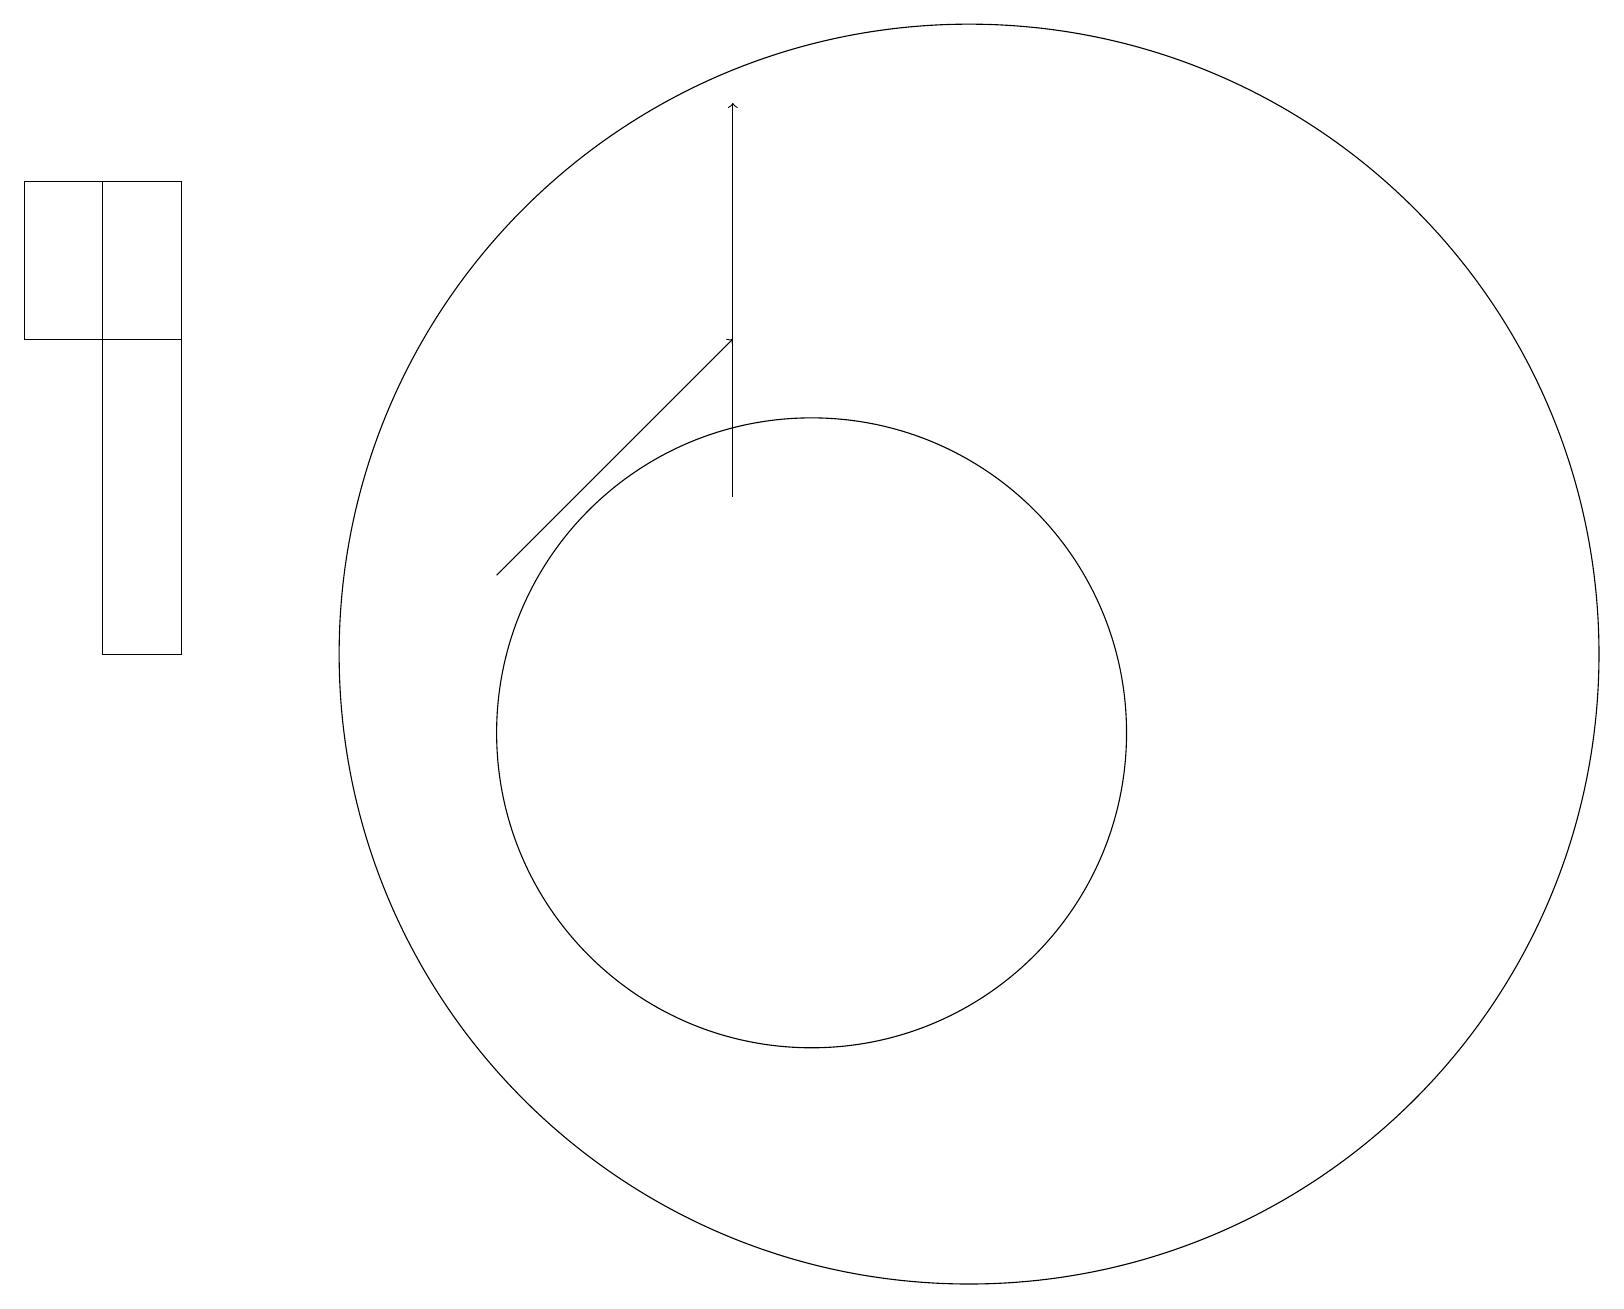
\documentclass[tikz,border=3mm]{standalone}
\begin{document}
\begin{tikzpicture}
\draw (1,17) rectangle (2,11);
\draw[->] (6,12) -- (9,15);
\draw (12,11) circle (8);
\draw (0,17) rectangle (2,15);
\draw[->] (9,13) -- (9,18);
\draw (10,10) circle (4);
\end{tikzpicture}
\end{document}